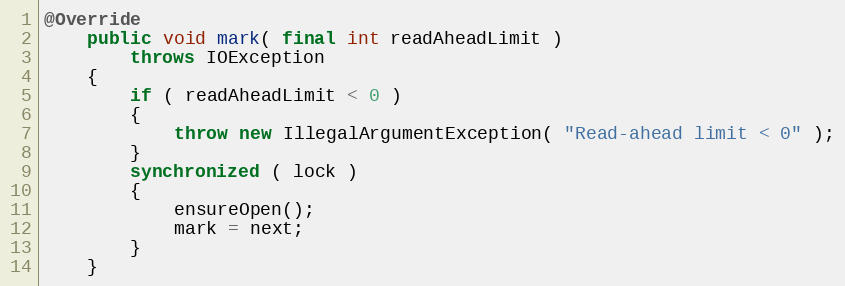
Language: Java
@Override
    public void mark( final int readAheadLimit )
        throws IOException
    {
        if ( readAheadLimit < 0 )
        {
            throw new IllegalArgumentException( "Read-ahead limit < 0" );
        }
        synchronized ( lock )
        {
            ensureOpen();
            mark = next;
        }
    }